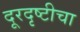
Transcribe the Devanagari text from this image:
दूरदृष्टीचा